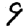
Digit: 9